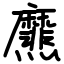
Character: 爢